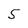
Character: 5